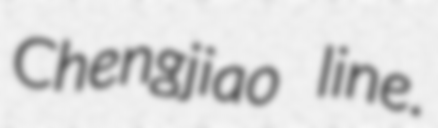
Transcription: Chengjiao line.